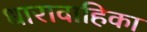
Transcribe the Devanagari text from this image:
धारावाहिका